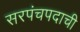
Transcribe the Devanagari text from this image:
सरपंचपदाची